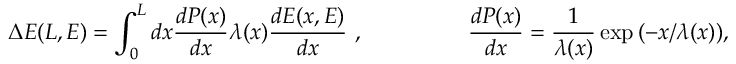
\Delta E ( L , E ) = \int _ { 0 } ^ { L } d x \frac { d P ( x ) } { d x } \lambda ( x ) \frac { d E ( x , E ) } { d x } ~ , ~ ~ ~ ~ ~ ~ ~ ~ ~ ~ ~ ~ ~ ~ \frac { d P ( x ) } { d x } = \frac { 1 } { \lambda ( x ) } \exp { \left( - x / \lambda ( x ) \right) } ,